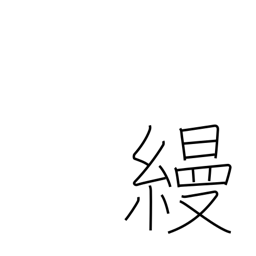
Meaning: unpatterned silk